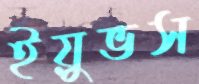
ইয়ুভস